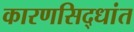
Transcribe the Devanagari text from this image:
कारणसिद्धांत